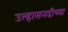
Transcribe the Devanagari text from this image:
उल्हासनदीच्या